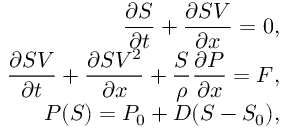
\begin{array} { r } { \displaystyle { \frac { \partial S } { \partial t } } + \displaystyle { \frac { \partial S V } { \partial x } } = 0 , } \\ { \displaystyle { \frac { \partial S V } { \partial t } } + \displaystyle { \frac { \partial S V ^ { 2 } } { \partial x } } + \frac { S } { \rho } \displaystyle { \frac { \partial P } { \partial x } } = F , } \\ { P ( S ) = P _ { 0 } + D ( S - S _ { 0 } ) , } \end{array}